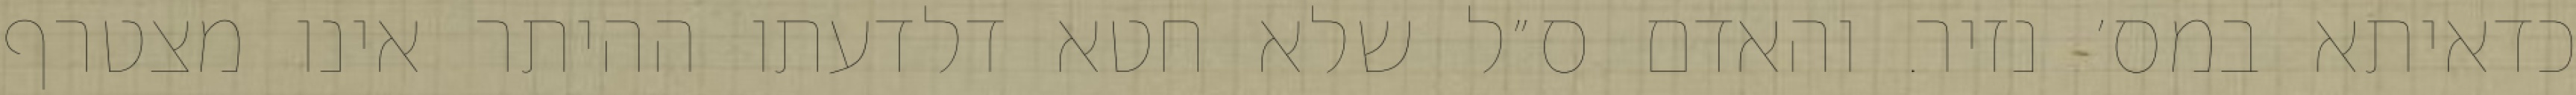
כדאיתא במס׳ נזיר. והאדם ס״ל שלא חטא דלדעתו ההיתר אינו מצטרף